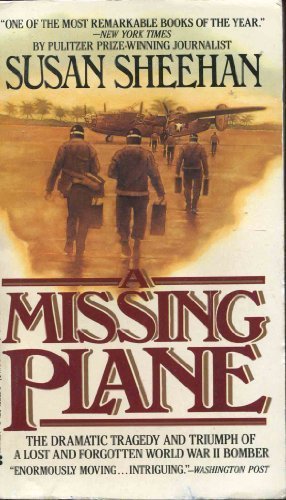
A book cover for Missing Plane; Susan Sheehan; History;